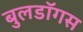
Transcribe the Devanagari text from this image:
बुलडॉगस